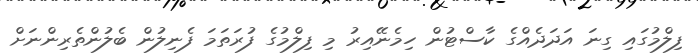
ފިލްމުގައި ގިނަ އަދަދެއްގެ ކާސްޓުން ހިމެނޭއިރު މި ފިލްމުގެ ފުރަތަމަ ފެނިލުން ބެލުންތެރިންނަށް